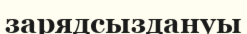
зарядсыздануы